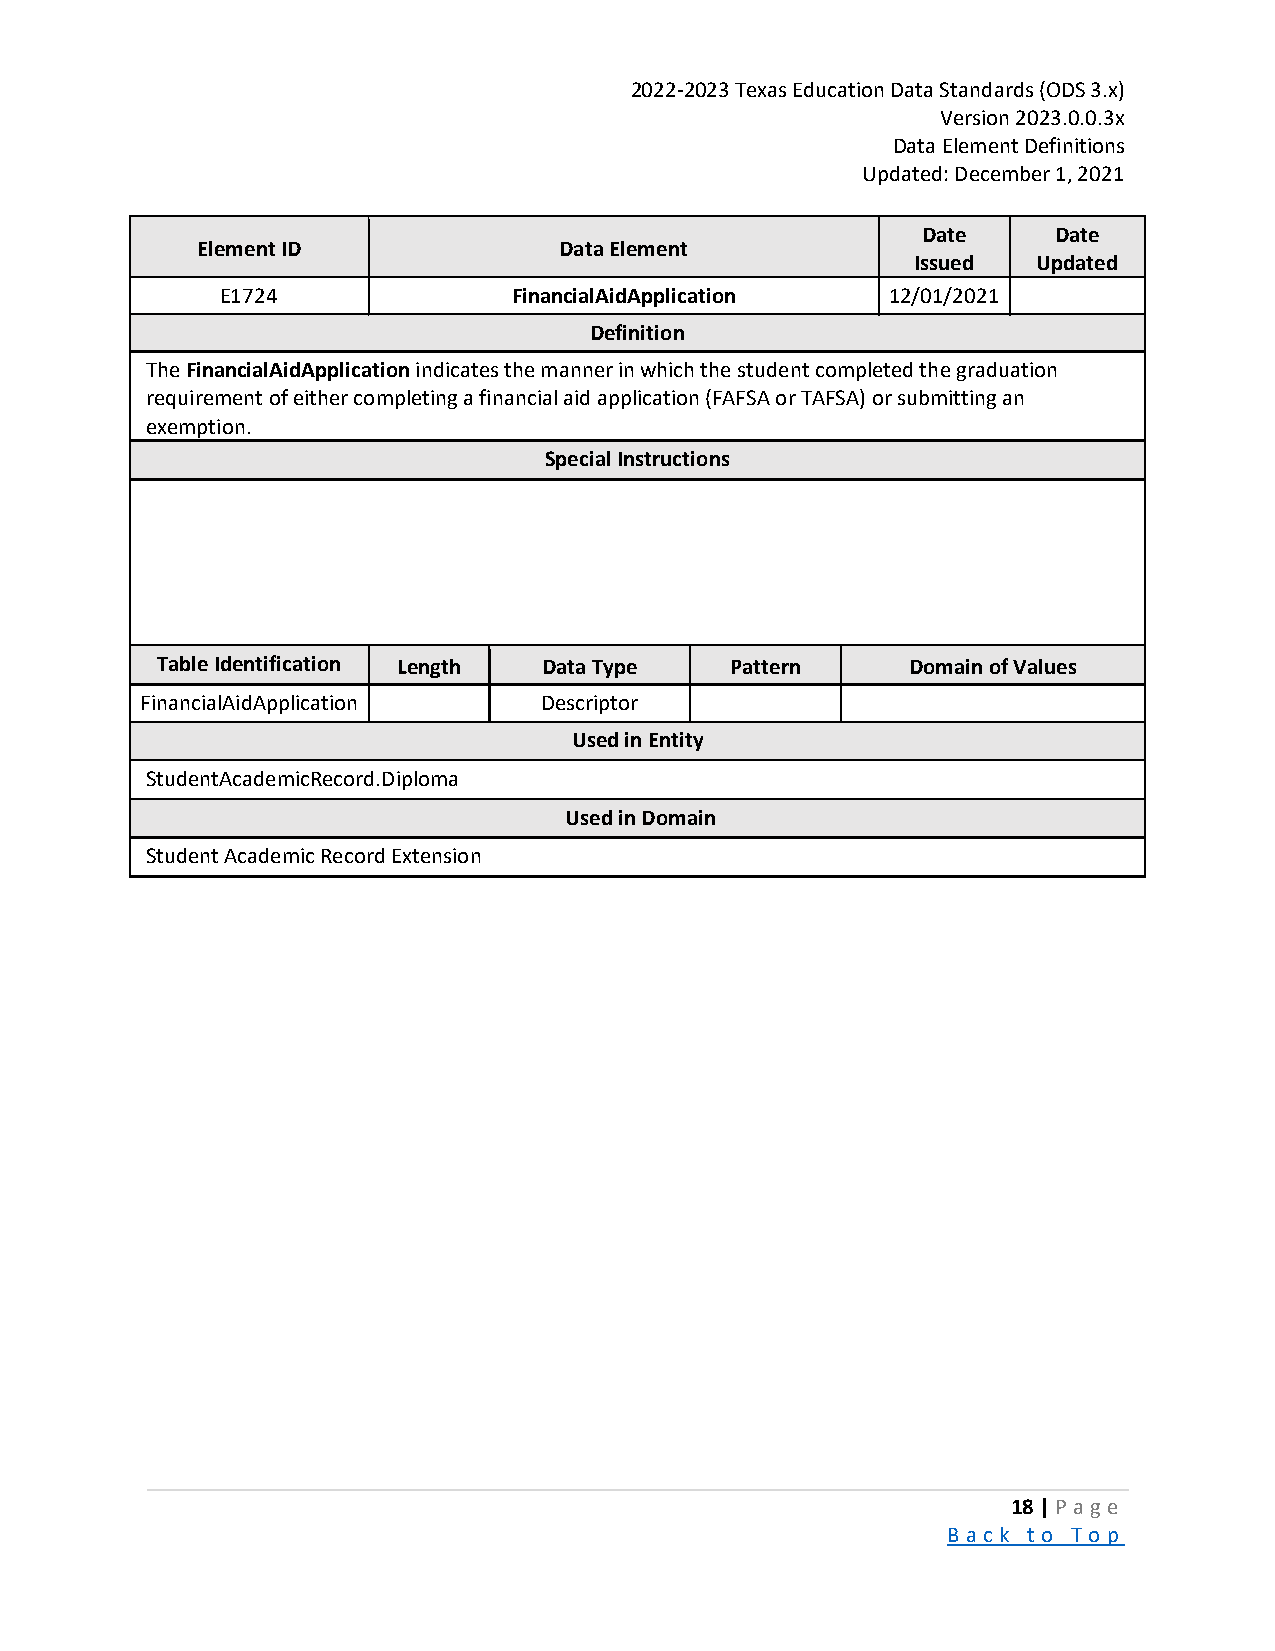
2022-2023 Texas Education Data Standards (ODS 3.x)
 Version 2023.0.0.3x
 Data Element Definitions
 Updated: December 1, 2021
 Date     Date
 Element ID              Data Element
 Issued  Updated
 E1724              FinancialAidApplication  12/01/2021
 Definition
 The FinancialAidApplication indicates the manner in which the student completed the graduation
 requirement of either completing a financial aid application (FAFSA or TAFSA) or submitting an
 exemption.
 Special Instructions
 Table Identification Length Data Type Pattern     Domain of Values
 FinancialAidApplication    Descriptor
 Used in Entity
 StudentAcademicRecord.Diploma
 Used in Domain
 Student Academic Record Extension
 18 | P a ge
 B a ck to To p